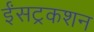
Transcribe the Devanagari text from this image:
ईंसट्रकशन